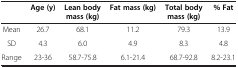
<table><thead><tr><td><b> </b></td><td><b>Age (y)</b></td><td><b>Lean body mass (kg)</b></td><td><b>Fat mass (kg)</b></td><td><b>Total body mass (kg)</b></td><td><b>% Fat</b></td></tr></thead><tbody><tr><td>Mean</td><td>26.7</td><td>68.1</td><td>11.2</td><td>79.3</td><td>13.9</td></tr><tr><td>SD</td><td>4.3</td><td>6.0</td><td>4.9</td><td>8.3</td><td>4.8</td></tr><tr><td>Range</td><td>23-36</td><td>58.7-75.8</td><td>6.1-21.4</td><td>68.7-92.8</td><td>8.2-23.1</td></tr></tbody></table>